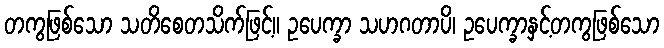
တကွဖြစ်သော သတိစေတသိက်ဖြင့်။ ဥပေက္ခာ သဟဂတာပိ၊ ဥပေက္ခာနှင့်တကွဖြစ်သော